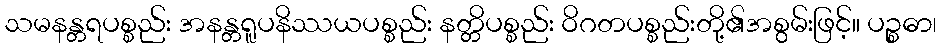
သမနန္တရပစ္စည်း အနန္တရူပနိဿယပစ္စည်း နတ္တိပစ္စည်း ဝိဂတပစ္စည်းတို့၏အစွမ်းဖြင့်။ ပဉ္စဓာ၊